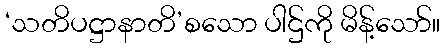
‘သတိပဋ္ဌာနာတိ’စသော ပါဌ်ကို မိန့်သော်။